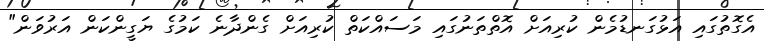
އެގޮތުގައި އަޅުގަނޑުމެން ކުރިއަށް އޮތްތަނުގައި މަސައްކަތް ކުރިއަށް ގެންދާނެ ކަމުގެ ޔަގީންކަން އަރުވަން"